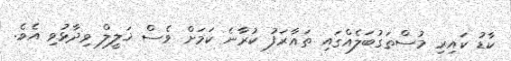
ކާޑު ކައިރި މުސްތަގުބަލެއްގައި ތައާރަފު ކުރާނެ ކަމަށް ވެސް ޚަލީލް ވިދާޅުވި އެވެ.